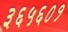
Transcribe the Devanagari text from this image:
३६५६०१